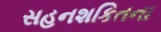
સહનશકિતના